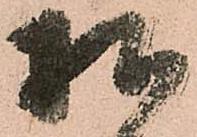
様